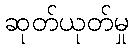
ဆုတ်ယုတ်မှု